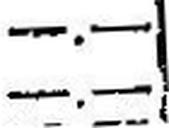
—.—